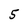
Character: 5